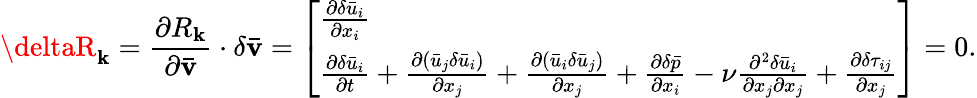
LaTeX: \deltaR_{\mathbf{k}}=\frac{{{\partial{R_{\mathbf{k}}}}}}{{{\partial{\mathbf{{\bar{{v}}}}}}}}\cdot\delta{\mathbf{{\bar{{v}}}}}=\left[\begin{array}{l}{\frac{{\partial\delta{{\bar{u}}_{i}}}}{{\partial{x_{i}}}}}\\ {\frac{{\partial\delta{{\bar{u}}_{i}}}}{{\partial t}}+\frac{{\partial\left({{{\bar{u}}_{j}}\delta{{\bar{u}}_{i}}}\right)}}{{\partial{x_{j}}}}+\frac{{\partial\left({{{\bar{u}}_{i}}\delta{{\bar{u}}_{j}}}\right)}}{{\partial{x_{j}}}}+\frac{{\partial\delta\bar{p}}}{{\partial{x_{i}}}}-\nu\frac{{{\partial^{2}}\delta{{\bar{u}}_{i}}}}{{\partial{x_{j}}\partial{x_{j}}}}+\frac{\partial\delta{\tau_{ij}}}{{\partial{x_{j}}}}}\end{array}\right]=0.